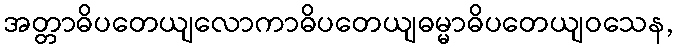
အတ္တာဓိပတေယျလောကာဓိပတေယျဓမ္မာဓိပတေယျဝသေန,